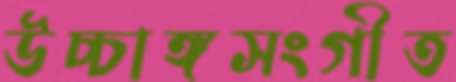
উচ্চাঙ্গসংগীত